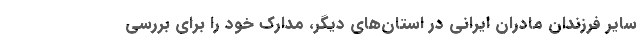
ساير فرزندان مادران ايراني در استان‌هاي ديگر، مدارك خود را براي بررسي